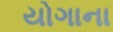
યોગાના